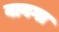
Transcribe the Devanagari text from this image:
वावगा